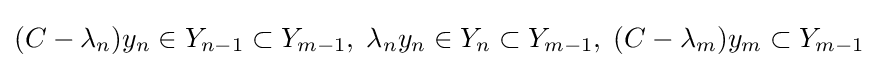
(C-\lambda _{n})y_{n}\in Y_{n-1}\subset Y_{m-1},\;\lambda _{n}y_{n}\in Y_{n}\subset Y_{m-1},\;(C-\lambda _{m})y_{m}\subset Y_{m-1}